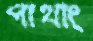
পাথাং